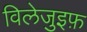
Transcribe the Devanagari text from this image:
विलेजुइफ़